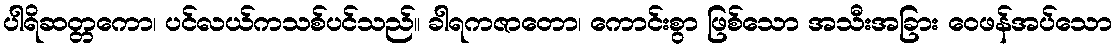
ပါရိဆတ္တကော၊ ပင်လယ်ကသစ်ပင်သည်။ ခါရကဇာတော၊ ကောင်းစွာ ဖြစ်သော အသီးအခြား ဝေဖန်အပ်သော